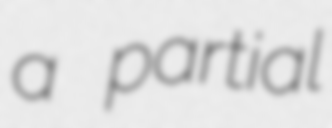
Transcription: a partial